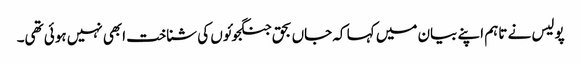
پولیس نے تاہم اپنے بیان میں کہا کہ جاں بحق جنگجوئوں کی شناخت ابھی نہیں ہوئی تھی۔